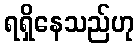
ရရှိနေသည်ဟု